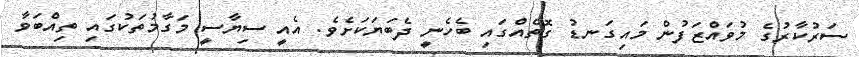
ސަރުކާރުގެ މުވައްޒަފުން މައިގަނޑު ގޮތެއްގައި ބެހެނީ ދެބަޔަކަށެވެ. އެއީ ސިޔާސީ މަގާމުތަކުގައި ތިއްބަވާ